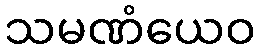
သမဏံယေဝ